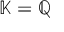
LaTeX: [ [ G ] ] = [ [ L ] ] ^ { - 1 } [ [ \mathrm { d } x ] ] ^ { - 1 } ,